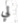
لي